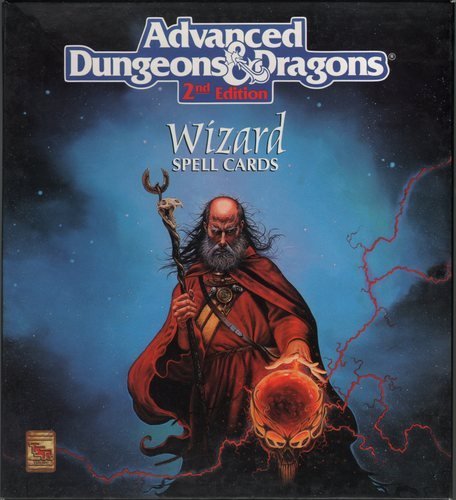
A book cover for Deck of Wizard Spells (Advanced Dungeons and Dragons: The Official Dungeon Master Decks); Steve Winter; Science Fiction & Fantasy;